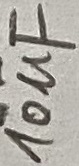
Text: 10µF